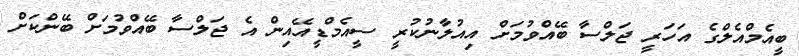
ބީއެމްއެލްގެ އަހަރީ ޖަލްސާ ބޭއްވުމަށް އިއުލާނުކުރީ ސީއެމްޑީއޭއިން އެ ޖަލްސާ ބޭއްވުމަށް ބޭންކަށް